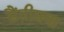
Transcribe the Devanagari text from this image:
सैंतीसवा